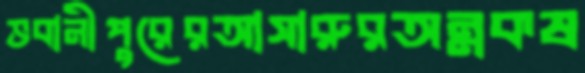
ভবানীপুরেরআসারুরঅন্নকষ